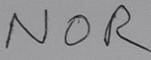
Text: NOR